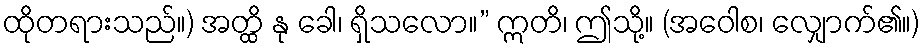
ထိုတရားသည်။) အတ္ထိ နု ခေါ၊ ရှိသလော။” ဣတိ၊ ဤသို့။ (အဝေါစ၊ လျှောက်၏။)